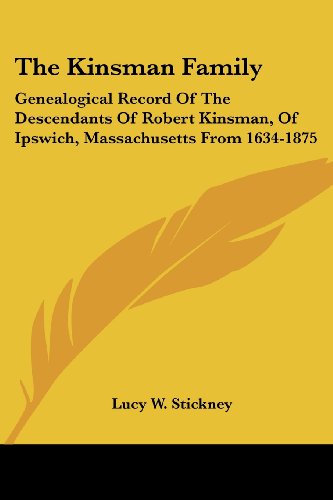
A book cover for The Kinsman Family: Genealogical Record Of The Descendants Of Robert Kinsman, Of Ipswich, Massachusetts From 1634-1875; Lucy W. Stickney; Reference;